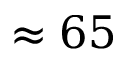
\approx 6 5